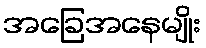
အခြေအနေမျိုး